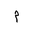
Letter: _mim